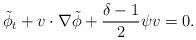
LaTeX: \begin{align*}\tilde{\phi}_t+v\cdot \nabla \tilde{\phi}+\frac{\delta-1}{2}\psi v=0.\end{align*}